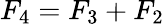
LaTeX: F_{4}=F_{3}+F_{2}